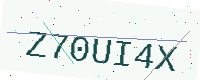
Text: Z70UI4X